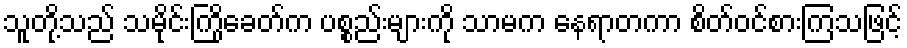
သူတို့သည် သမိုင်းကြိုခေတ်က ပစ္စည်းများကို သာမက နေရာတကာ စိတ်ဝင်စားကြသဖြင့်